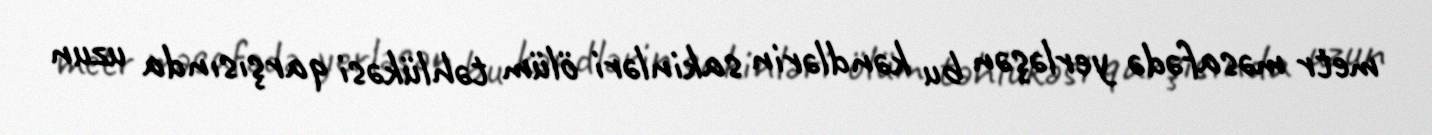
metr məsafədə yerləşən bu kəndlərin sakinləri ölüm təhlükəsi qarşısında uzun